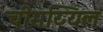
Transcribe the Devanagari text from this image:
चीमय्यिल